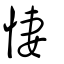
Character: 悽